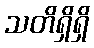
သတိရှိရှိ